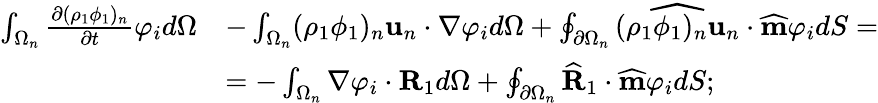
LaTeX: \begin{array}{rl}{\int_{\Omega_{n}}\frac{\partial(\rho_{1}\phi_{1})_{n}}{\partial t}\varphi_{i}d\Omega}&{-\int_{\Omega_{n}}(\rho_{1}\phi_{1})_{n}\textbf{u}_{n}\cdot\nabla\varphi_{i}d\Omega+\oint_{\partial\Omega_{n}}\widehat{(\rho_{1}\phi_{1})_{n}\textbf{u}_{n}}\cdot\widehat{\textbf{m}}\varphi_{i}dS=}\\ &{=-\int_{\Omega_{n}}\nabla\varphi_{i}\cdot\textbf{R}_{1}d\Omega+\oint_{\partial\Omega_{n}}\widehat{\textbf{R}}_{1}\cdot\widehat{\textbf{m}}\varphi_{i}dS;}\end{array}